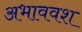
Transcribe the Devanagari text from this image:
अभाववश